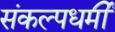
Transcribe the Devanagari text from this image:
संकल्पधर्मी